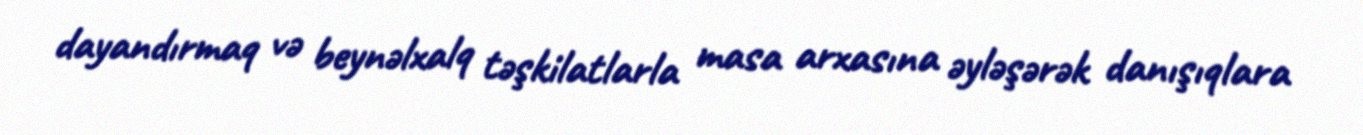
dayandırmaq və beynəlxalq təşkilatlarla masa arxasına əyləşərək danışıqlara